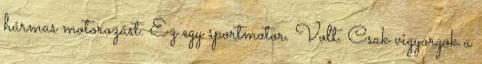
hármas motorozást. Ez egy sportmotor. Volt. Csak vigyorgok a